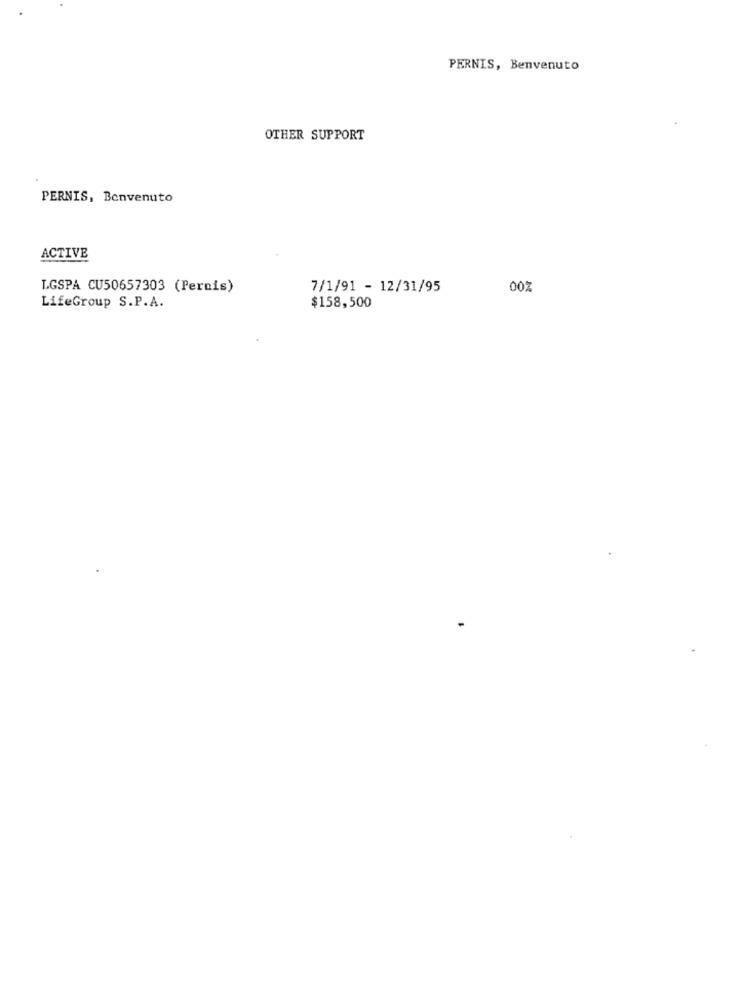
PERNIS, Benvenuto
OTHER SUPPORT
PERNIS, Benvenuto
ACTIVE
LGSPA CU50657303 (Pernis)
7/1/91 - 12/31/95
00%
LifeGroup S.P.A.
$158,500